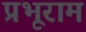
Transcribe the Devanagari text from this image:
प्रभूराम